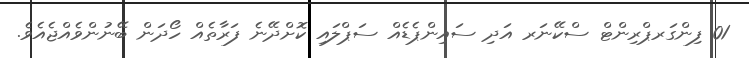
01 ފިންގަރޕްރިންޓް ސްކޭނަރ އަދި ސައިންޕެޑެއް ސަޕްލައި ކޮށްދޭނެ ފަރާތެއް ހޯދަން ބޭނުންވެއްޖެއެވެ.